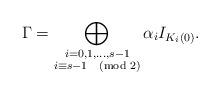
LaTeX: \begin{align*}\Gamma=\bigoplus_{\substack{i=0,1,\ldots, s-1\\ i\equiv s-1\pmod{2}}}\alpha_i I_{K_i(0)}.\end{align*}